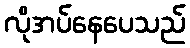
လိုအပ်နေပေသည်